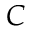
C